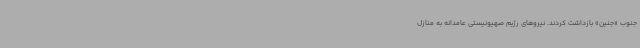
جنوب «جنین» بازداشت کردند. نیروهای رژیم صهیونیستی عامدانه به منازل